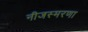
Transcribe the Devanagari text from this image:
नीजस्मरणा